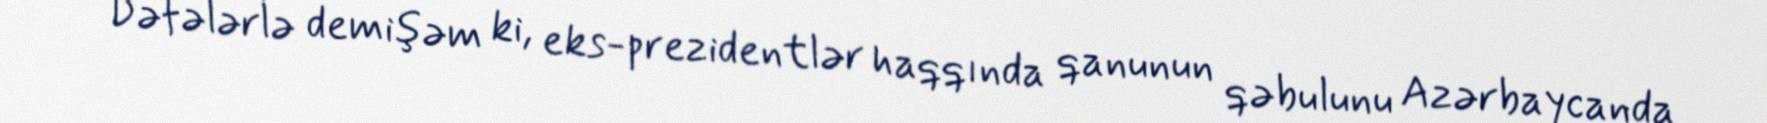
- Dəfələrlə demişəm ki, eks-prezidentlər haqqında qanunun qəbulunu Azərbaycanda